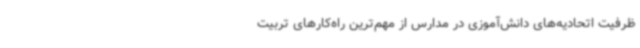
ظرفیت اتحادیه‌های دانش‌آموزی در مدارس از مهم‌ترین راه‌کارهای تربیت